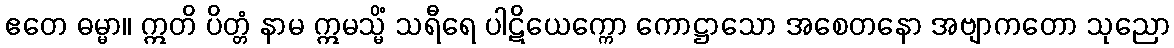
ဧတေ ဓမ္မာ။ ဣတိ ပိတ္တံ နာမ ဣမသ္မိံ သရီရေ ပါဋိယေက္ကော ကောဋ္ဌာသော အစေတနော အဗျာကတော သုညော